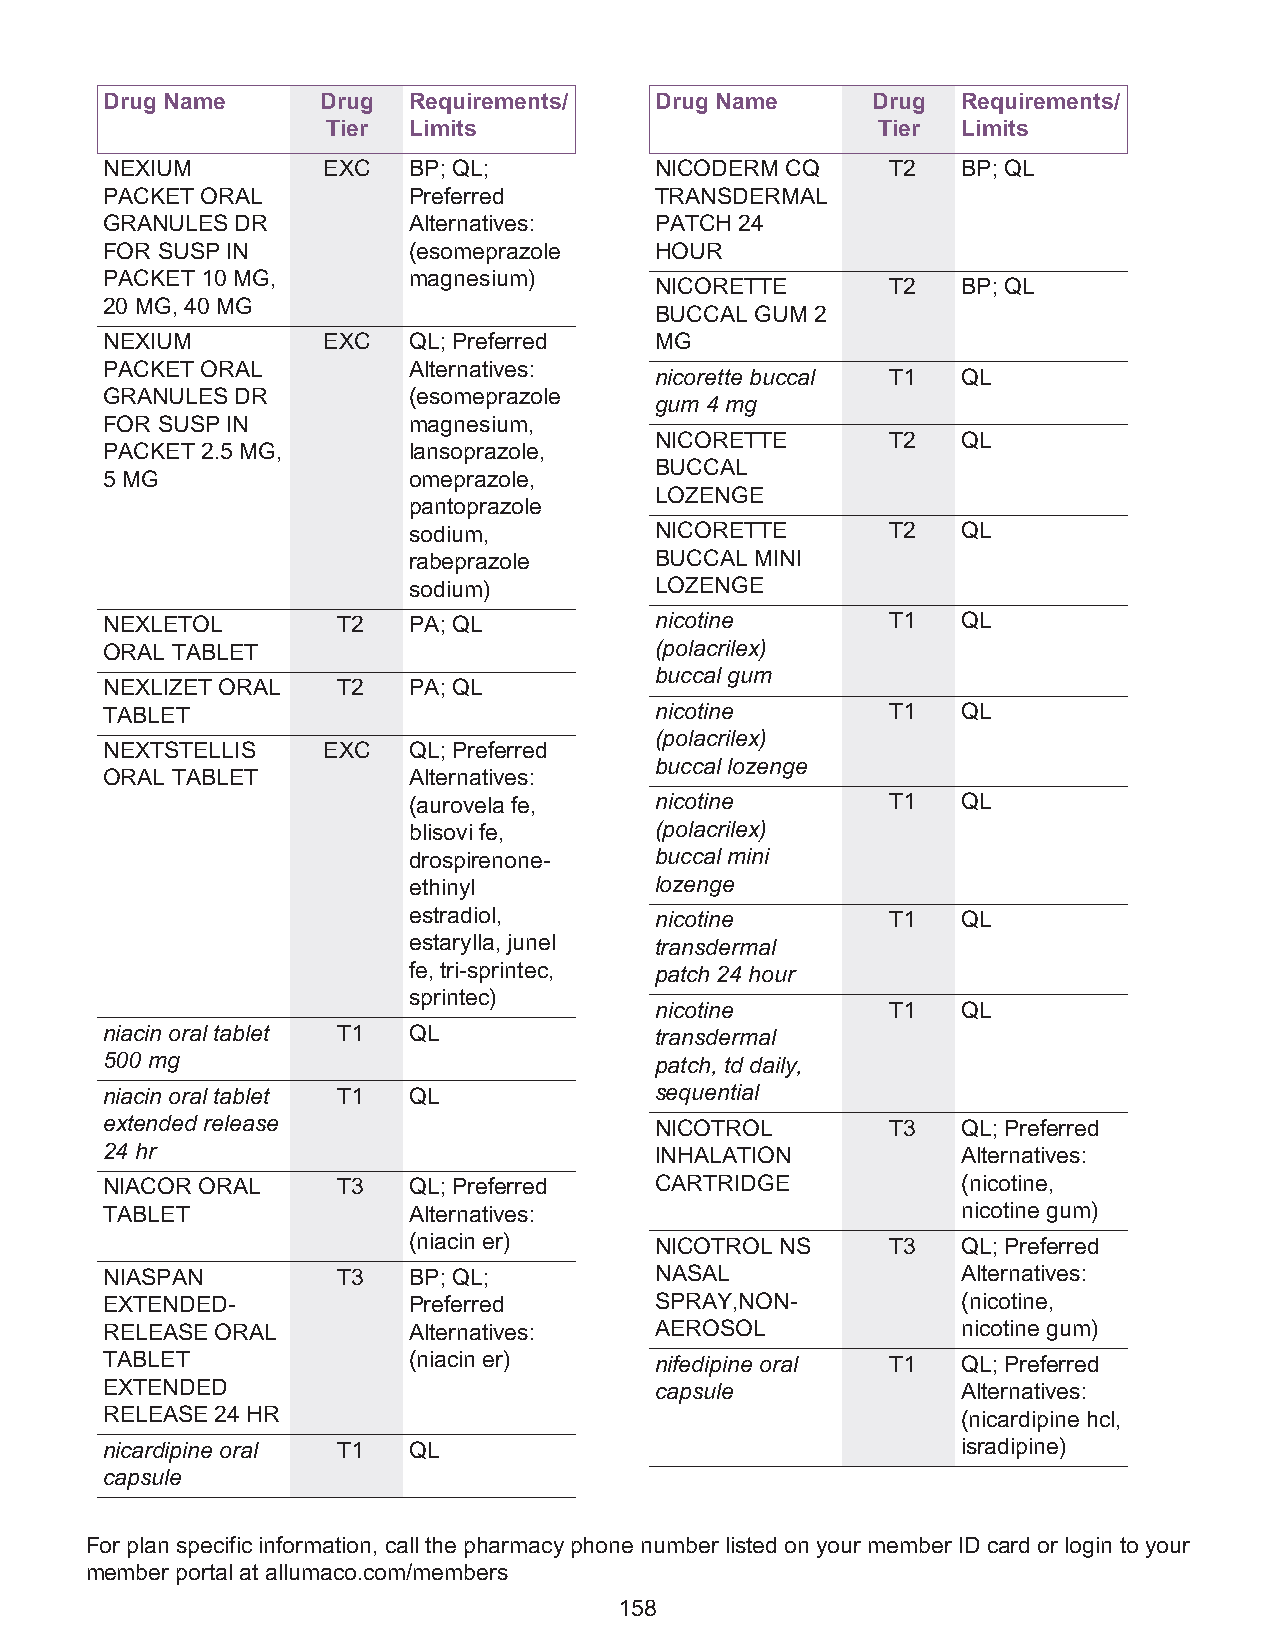
Drug Name     Drug  Requirements/   Drug Name      Drug  Requirements/
 Tier Limits                         Tier  Limits
 NEXIUM        EXC   BP; QL;         NICODERM CQ     T2   BP; QL
 PACKET ORAL         Preferred       TRANSDERMAL
 GRANULES DR         Alternatives:   PATCH 24
 FOR SUSP IN         (esomeprazole   HOUR
 PACKET 10 MG,       magnesium)
 NICORETTE       T2   BP; QL
 20 MG, 40 MG
 BUCCAL GUM 2
 NEXIUM        EXC   QL; Preferred   MG
 PACKET ORAL         Alternatives:
 nicorette buccal T1  QL
 GRANULES DR         (esomeprazole
 gum 4 mg
 FOR SUSP IN         magnesium,
 NICORETTE       T2   QL
 PACKET 2.5 MG,      lansoprazole,
 BUCCAL
 5 MG                omeprazole,
 LOZENGE
 pantoprazole
 sodium,         NICORETTE       T2   QL
 rabeprazole     BUCCAL MINI
 sodium)         LOZENGE
 NEXLETOL       T2   PA; QL          nicotine        T1   QL
 ORAL TABLET                         (polacrilex)
 buccal gum
 NEXLIZET ORAL  T2   PA; QL
 TABLET                              nicotine        T1   QL
 (polacrilex)
 NEXTSTELLIS   EXC   QL; Preferred
 buccal lozenge
 ORAL TABLET         Alternatives:
 (aurovela fe,   nicotine        T1   QL
 blisovi fe,     (polacrilex)
 drospirenone-   buccal mini
 ethinyl         lozenge
 estradiol,      nicotine        T1   QL
 estarylla, junel transdermal
 fe, tri-sprintec, patch 24 hour
 sprintec)
 nicotine        T1   QL
 niacin oral tablet T1 QL            transdermal
 500 mg                              patch, td daily,
 niacin oral tablet T1 QL            sequential
 extended release                    NICOTROL        T3   QL; Preferred
 24 hr                               INHALATION           Alternatives:
 NIACOR ORAL    T3   QL; Preferred   CARTRIDGE            (nicotine,
 TABLET              Alternatives:                        nicotine gum)
 (niacin er)     NICOTROL NS     T3   QL; Preferred
 NIASPAN        T3   BP; QL;         NASAL                Alternatives:
 EXTENDED-           Preferred       SPRAY,NON-           (nicotine,
 RELEASE ORAL        Alternatives:   AEROSOL              nicotine gum)
 TABLET              (niacin er)     nifedipine oral T1   QL; Preferred
 EXTENDED                            capsule              Alternatives:
 RELEASE 24 HR                                            (nicardipine hcl,
 nicardipine oral T1 QL                                   isradipine)
 capsule
 For plan specific information, call the pharmacy phone number listed on your member ID card or login to your
 member portal at allumaco.com/members
 158